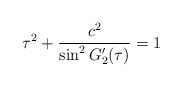
\begin{align*} \tau^2 + \frac{c^2}{\sin^2 G'_2(\tau)} = 1\end{align*}